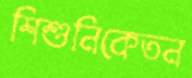
শিশুনিকেতন